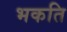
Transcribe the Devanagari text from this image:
भकति